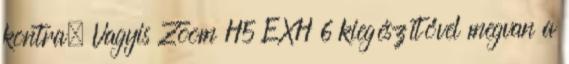
kontra. Vagyis Zoom H5 EXH 6 kiegészítővel megvan a